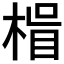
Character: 𭪽